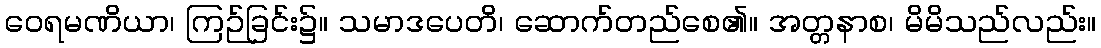
ဝေရမဏိယာ၊ ကြဉ်ခြင်း၌။ သမာဒပေတိ၊ ဆောက်တည်စေ၏။ အတ္တနာစ၊ မိမိသည်လည်း။